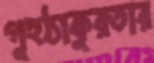
গুহঠাকুরতার